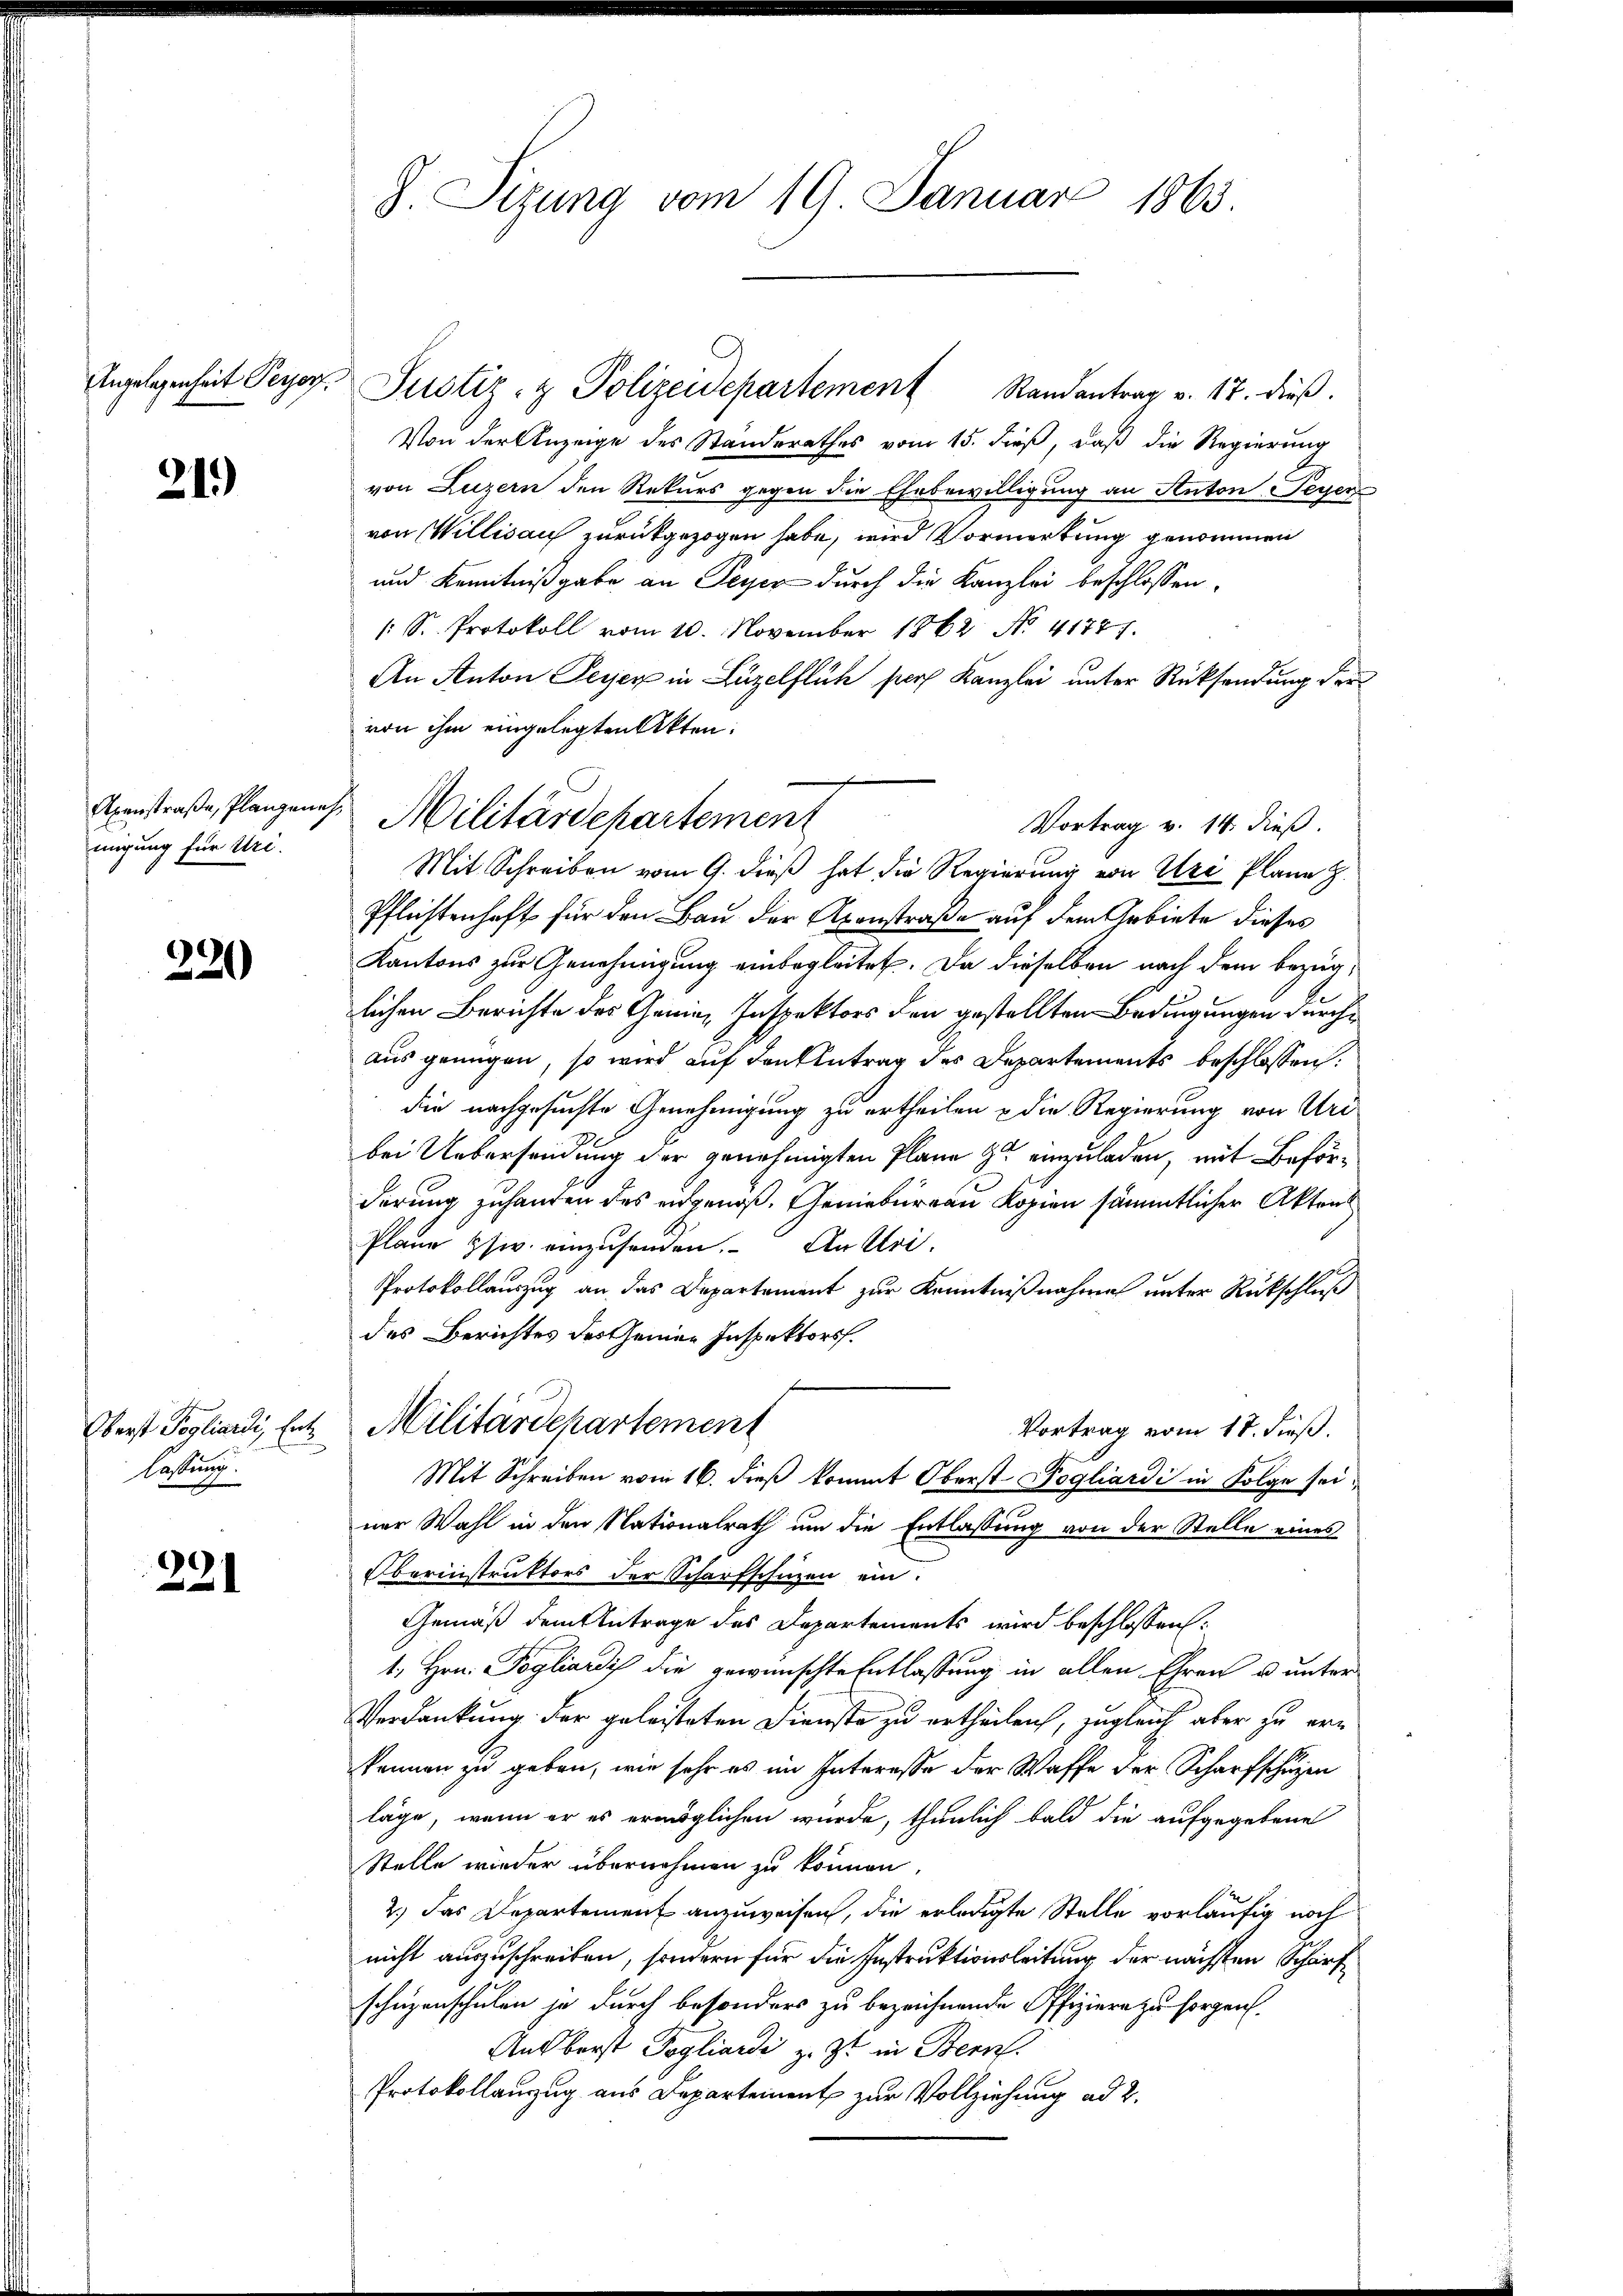
Angelegenheit Peyorf.

21.)

Axenstraße, Plangenehmigung für Uri.

220

Oberst Pogliardi, Ent
lassung.

221

8. Sizung vom 19. Januar 1863

Justiz- & Polizeidepartement Randantrag v. 17. dieβ.
Von der Anzeige des Standerathes vom 15. dieß, daß die Regierung
von Luzern den Rekurs gegen die Ehebewilligung an Anton-Teyen
von Willisau zurückgezogen habe, wird Vormerkung genommen
und Kenntnißgabe an Feyer durch die Kanzlei beschlossen:
1 S. Protokoll vom 10. November 1862 No 41771.
An Anton Feyer in Luzelflüh per Kanzlei unter Rücksendung der
von ihm eingelegten Akten.
Vortrag v. 14. dieß.
Mit Schreiben vom 9. dieß hat die Regierung von Ure Plane H.
Pflichtenhaft für den Bau der Axenstraße auf dem Gebiete dieses
Kantons zur Genehmigung einbegleitet. Da dieselben nach dem bezüglichen Berichte des Genie, Inspektors den gestellten Bedingungen durch
aus genügen, so wird auf den Antrag des Departements beschlossen:
die nachgesuchte Genehmigung zu ertheilen & die Regierung von Uri
bei Uebersendung der genehmigten Plane zu einzuladen, mit Beförderung zuhanden des engenoß. Geniebureau Kopien sämmtlicher Akten
Plane zw. einzusenden. An Stri
Protokollauszug an das Departement zur Kenntnißnahme unter Rückschluß
des Berichtes des seinen Inspektors.
Militärdepartement
Vortrag vom 18. dieß.
Mit Schreiben vom 16. dieß kommt Oberst Pogliardi in Folge sei
ner Wahl in den Nationalrath um die Entlassung von der Stelle eines
Oberinstruktors der Scharfschuzen ein.
Gemäß dem Antrage des Departements wird beschlossen:
1, Hrn. Pogliardi die gewünschte Entlassung in allen Ehren u unter
Verdankung der geleisteten Dienste zu ertheilen, zugleich aber zu erkönnen zu geben, wie sehr es im Interesse der Waffe der Scharfschuzen
läge, wenn er es ermöglichen wurde, thunlich bald die aufgegebene
Stelle wieder übernehmen zu können
2.) Das Departement anzuweisen, die erledigte Stelle vorläufig noch
nicht auszuschreiben, sondern für die Instruktionsleitung der nächsten Schärfschüzenschulen ja durch besonders zu bezeichnende Offiziere zu sorgen,
Ausborst Pogliardi z. Zt. in Bern.
Protokollanzug aus Departement zur Vollziehung ad 2.

Militärdepartement